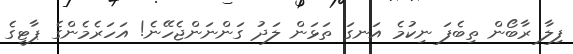
ފިލާ ރާބޯން ތިބެފަ ނިކުމެ އަނގަ ތަޅަން ލަދު ގަންނަންޖެހޭނެ! އަހަރެމެންގެ ޕާޓީގެ